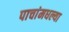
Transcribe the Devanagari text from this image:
पाचांमधल्या